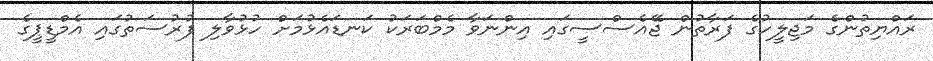
ރައްޔިތުންގެ މަޖިލީހުގެ ފަރާތުން ޖޭއެސްސީގައި އިންނަވާ މެމްބަރަކު ކަނޑައެޅުމަށް ހުޅުވާލި ފުރުސަތުގައި އެމްޑީޕީގެ